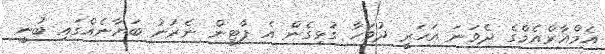
އެމްއާރްއެމްގެ ދެވަނަ އަހަރީ ދުވަހާ ގުޅިގެން އެ ޕާޓީން ނެރުނު ބަޔާނެއްގައި ބުނީ